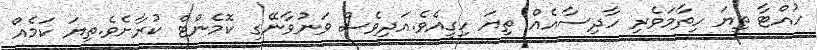
ހުއްޓާ ތިޔަ ހިތާމަވެރި ހާދިސާއެއް ތިޔަ ހިގީއެވެ.އަދިވެސް ވަނުވާނޭގި ކޮމެންޓް ކުރާށެވެ.ތިޔަ ކަމެއް